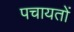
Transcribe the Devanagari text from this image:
पचायतों